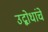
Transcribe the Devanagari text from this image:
उद्बोधांचे